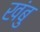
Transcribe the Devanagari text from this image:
खंबु